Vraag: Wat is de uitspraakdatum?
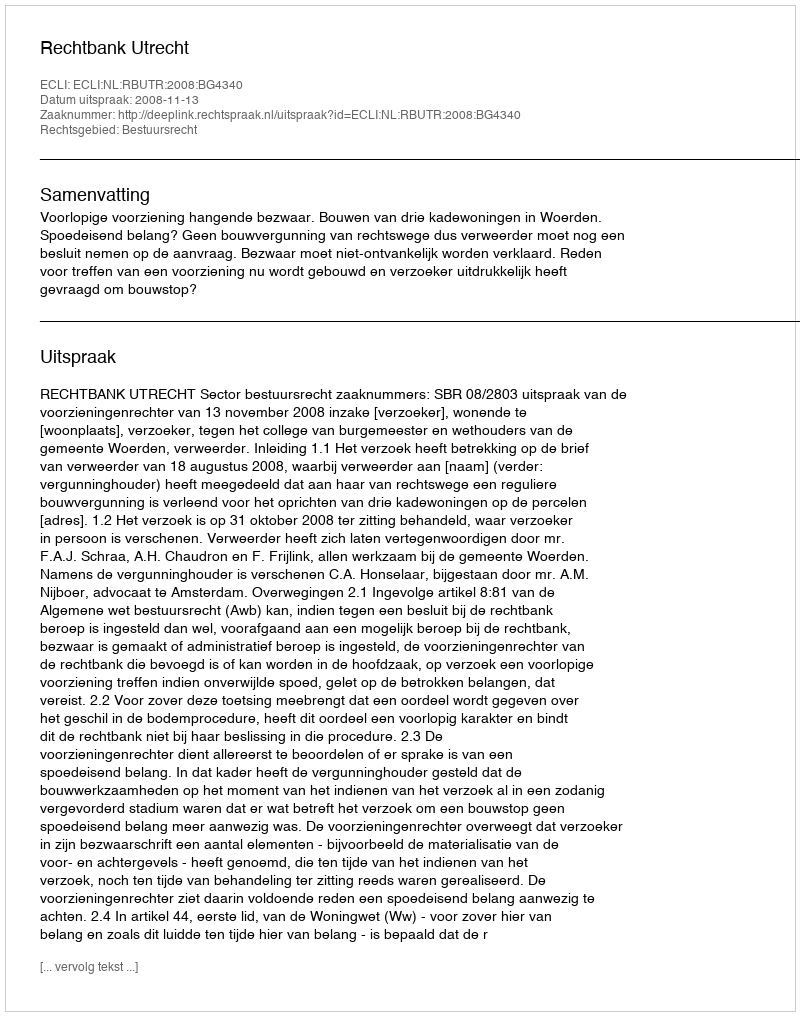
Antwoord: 2008-11-13